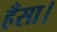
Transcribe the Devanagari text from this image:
हँसा।